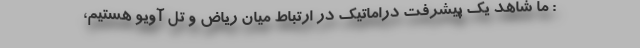
: ما شاهد یک پیشرفت دراماتیک در ارتباط میان ریاض و تل آویو هستیم،